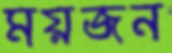
ময়জন